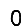
Digit: 0